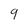
Character: 9